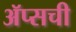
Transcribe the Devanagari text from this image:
ॲप्सची